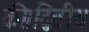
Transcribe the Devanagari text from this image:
की।द्वितीय